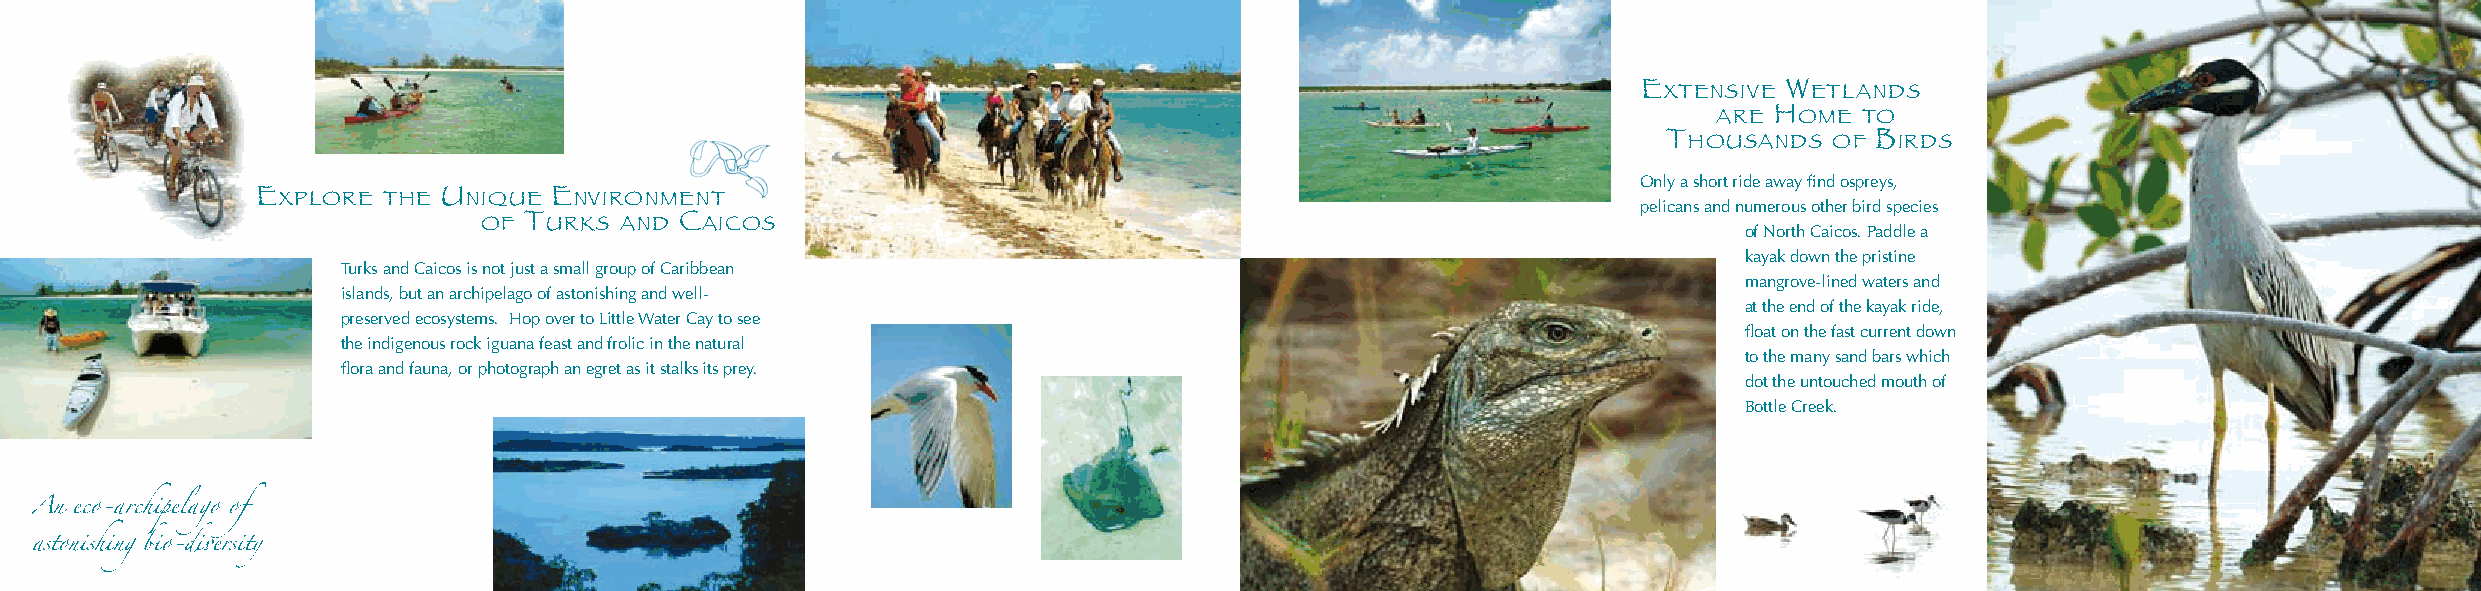
extensive Wetlands
 are home to
 thoUsands  of Birds
 Only a short ride away find ospreys,
 explore the UniqUe environment                                                              pelicans and numerous other bird species
 of tUrks and caicos                                                                of North Caicos. Paddle a
 kayak down the pristine
 Turks and Caicos is not just a small group of Caribbean
 mangrove-lined waters and
 islands, but an archipelago of astonishing and well-
 at the end of the kayak ride,
 preserved ecosystems. Hop over to Little Water Cay to see
 float on the fast current down
 the indigenous rock iguana feast and frolic in the natural
 to the many sand bars which
 flora and fauna, or photograph an egret as it stalks its prey.
 dot the untouched mouth of
 Bottle Creek.
 An eco-archipelago of
 astonishing bio-diversity